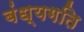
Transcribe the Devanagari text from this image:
बंध्यगति